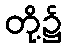
တို့၌